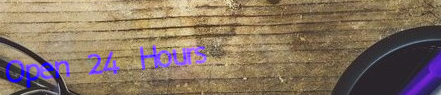
Open 24 Hours